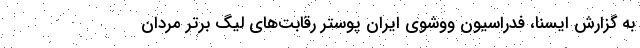
به گزارش ایسنا، فدراسیون ووشوی ایران پوستر رقابت‌های لیگ برتر مردان